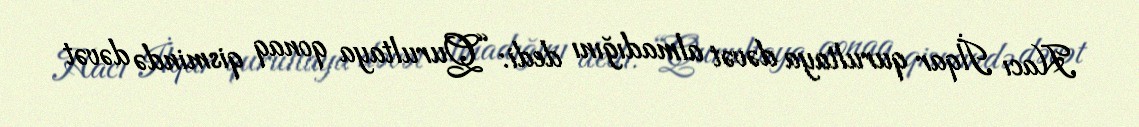
Hacı İlqar qurultaya dəvət almadığını dedi: “Qurultaya qonaq qismində dəvət